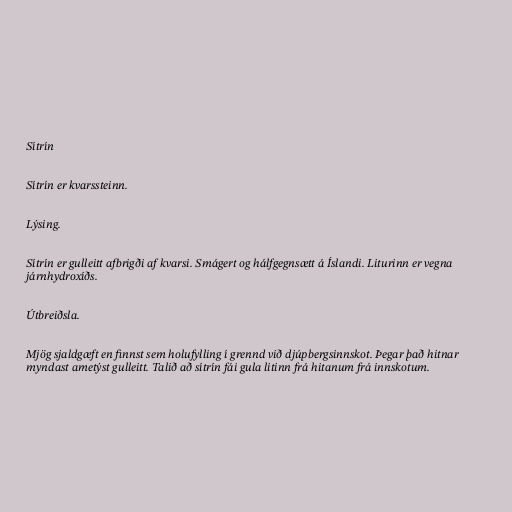
Sítrín

Sítrín er kvarssteinn.

Lýsing.

Sítrín er gulleitt afbrigði af kvarsi. Smágert og hálfgegnsætt á Íslandi. Liturinn er vegna
járnhydroxíðs.

Útbreiðsla.

Mjög sjaldgæft en finnst sem holufylling í grennd við djúpbergsinnskot. Þegar það hitnar
myndast ametýst gulleitt. Talið að sítrín fái gula litinn frá hitanum frá innskotum.